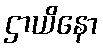
ဌာယိနော